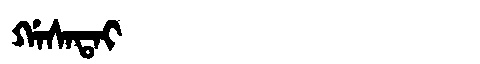
Manchu: ᡤᠠᠰᠠᡨᠠᡳ
Romanization: GASATAI